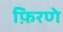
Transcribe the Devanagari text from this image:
फ़िरणे